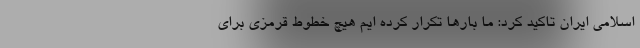
اسلامی ایران تاکید کرد: ما بار‌ها تکرار کرده ایم هیچ خطوط قرمزی برای